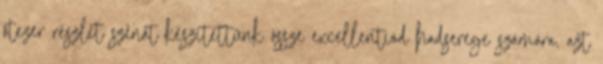
ötezer részlet szénát készítettünk össze excellentiád hadserege számára, azt